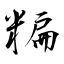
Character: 糄